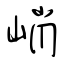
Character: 峭